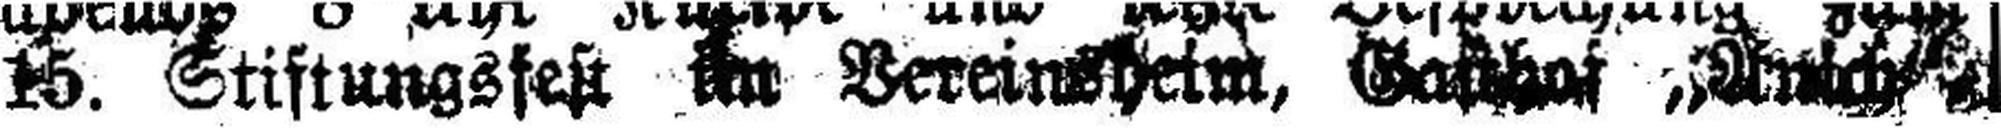
15. Stiftungsfest im Vereinsheim, Gasthof „Auch